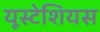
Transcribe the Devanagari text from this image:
यूस्टेशियस